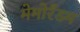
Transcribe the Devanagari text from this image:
मेमोरँडम